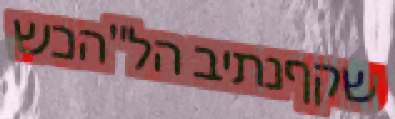
שקףנתיב הל"הכש